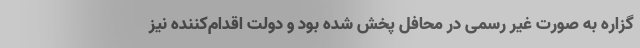
گزاره به صورت غیر رسمی در محافل پخش شده بود و دولت اقدام‌کننده نیز